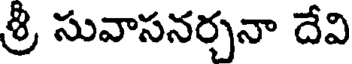
శ్రీ సువాసనర్చనా దేవి